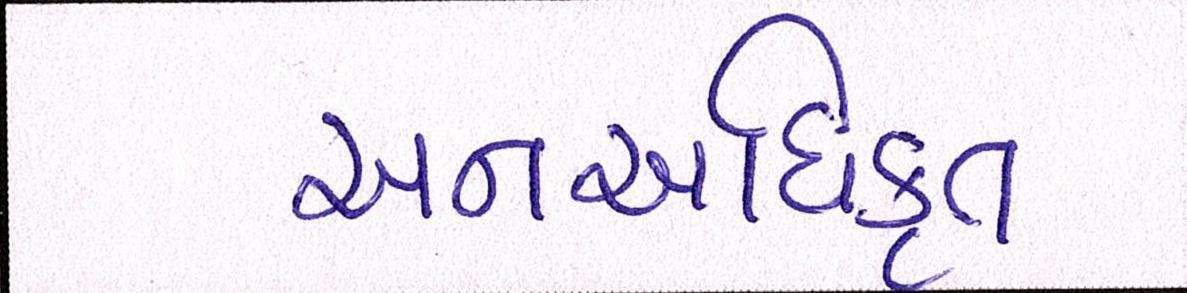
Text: અનઅધિકૃત